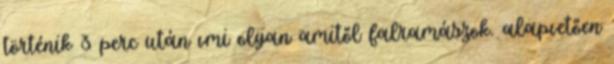
történik 3 perc után vmi olyan amitől falramászok. alapvetően